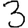
Digit: 3